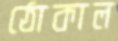
ঠোকাল